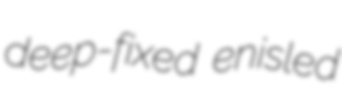
deep-fixed enisled